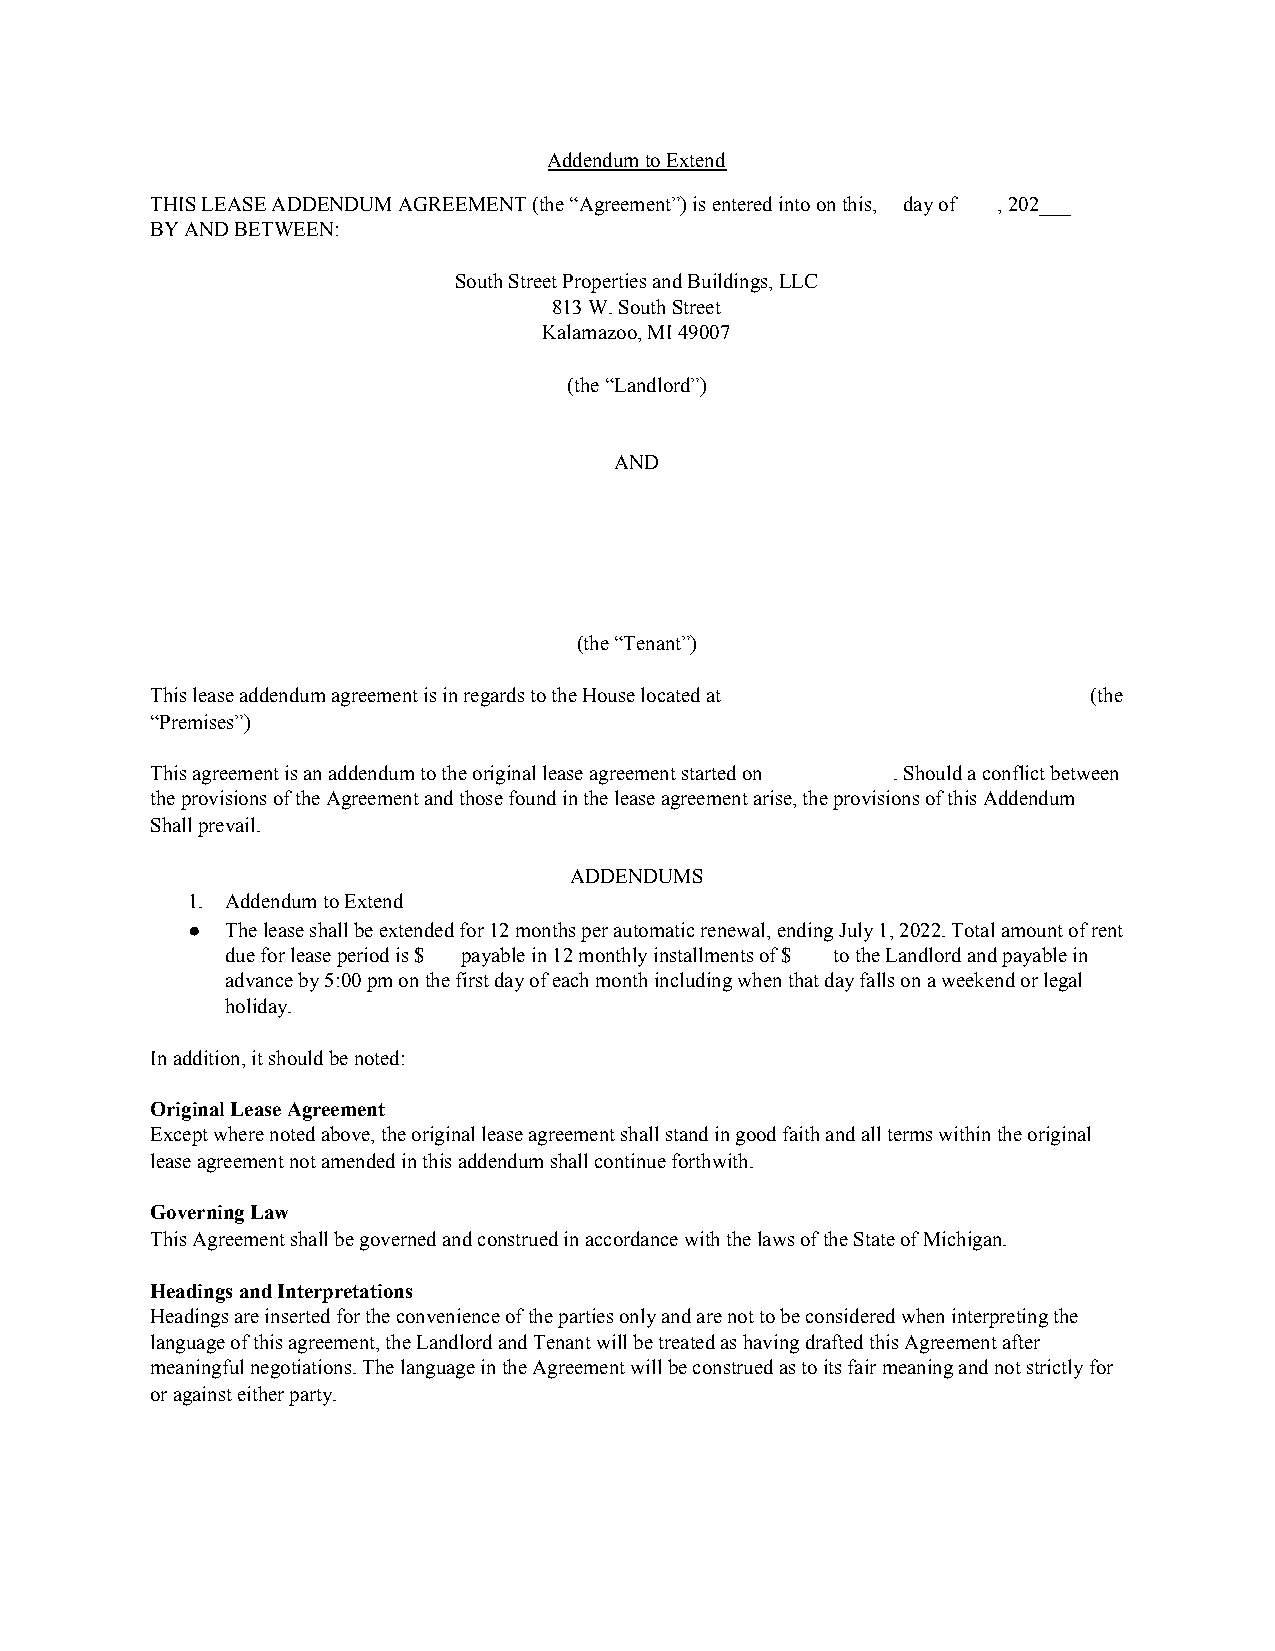
Addendum to Extend
 THIS LEASE ADDENDUM AGREEMENT (the “Agreement”) is entered into on this, day of , 202___
 BY AND BETWEEN:
 South Street Properties and Buildings, LLC
 813 W. South Street
 Kalamazoo, MI 49007
 (the “Landlord”)
 AND
 (the “Tenant”)
 This lease addendum agreement is in regards to the House located at (the
 “Premises”)
 This agreement is an addendum to the original lease agreement started on . Should a conflict between
 the provisions of the Agreement and those found in the lease agreement arise, the provisions of this Addendum
 Shall prevail.
 ADDENDUMS
 1. Addendum to Extend
 ●  The lease shall be extended for 12 months per automatic renewal, ending July 1, 2022. Total amount of rent
 due for lease period is $ payable in 12 monthly installments of $ to the Landlord and payable in
 advance by 5:00 pm on the first day of each month including when that day falls on a weekend or legal
 holiday.
 In addition, it should be noted:
 Original Lease Agreement
 Except where noted above, the original lease agreement shall stand in good faith and all terms within the original
 lease agreement not amended in this addendum shall continue forthwith.
 Governing Law
 This Agreement shall be governed and construed in accordance with the laws of the State of Michigan.
 Headings and Interpretations
 Headings are inserted for the convenience of the parties only and are not to be considered when interpreting the
 language of this agreement, the Landlord and Tenant will be treated as having drafted this Agreement after
 meaningful negotiations. The language in the Agreement will be construed as to its fair meaning and not strictly for
 or against either party.